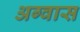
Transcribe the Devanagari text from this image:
अग्वास